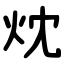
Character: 㶩